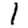
Digit: 1